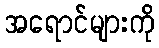
အရောင်များကို